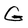
Character: G